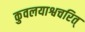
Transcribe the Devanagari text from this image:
कुवलयाश्वचरित्